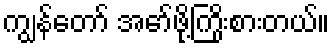
ကျွန်တော် အော်ဖို့ကြိုးစားတယ်။